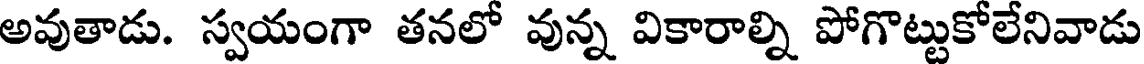
అవుతాడు. స్వయంగా తనలో వున్న వికారాల్ని పోగొట్టుకోలేనివాడు